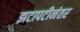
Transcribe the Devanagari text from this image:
झटापटीनंतर